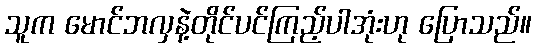
သူက မောင်ဘလှနဲ့တိုင်ပင်ကြည့်ပါအုံးဟု ပြောသည်။